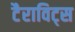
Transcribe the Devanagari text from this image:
टैराविट्स